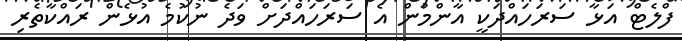
ފްލެޓް އަޅާ ސަރަހައްދަކީ އާންމުން އެ ސަރަހައްދަށް ވަދެ ނުކުމެ އުޅެން ރައްކާތެރި